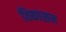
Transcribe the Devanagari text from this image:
विकासन